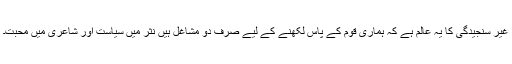
غیر سنجیدگی کا یہ عالم ہے کہ ہماری قوم کے پاس لکھنے کے لیے صرف دو مشاغل ہیں نثر میں سیاست اور شاعری میں محبت۔